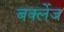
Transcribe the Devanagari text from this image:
बर्क्लेज